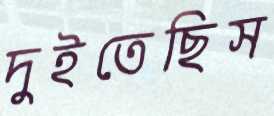
দুইতেছিস